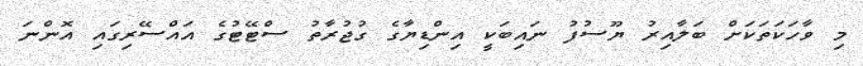
މި ވާހަކަތަކަށް ބަލާއިރު ޔޫސުފު ނައިބަކީ އިންޑިޔާގެ ގުޖުރާތު ސްޓޭޓުގެ އައްސޭރިގައި އޮންނަ